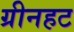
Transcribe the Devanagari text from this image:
ग्रीनहट